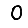
Digit: 0